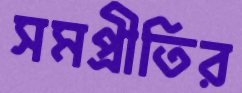
সমপ্রীতির